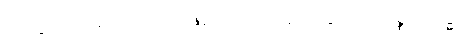
ညတွင်သေ၍ သောကဖြစ်၊ ၎င်းကို ဆင်ခြင်၍ ပစ္စေကဗုဒ္ဓါ